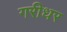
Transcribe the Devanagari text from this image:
गरीधर